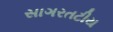
સાગરતટીય